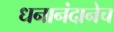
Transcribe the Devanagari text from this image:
धनानंदानेच